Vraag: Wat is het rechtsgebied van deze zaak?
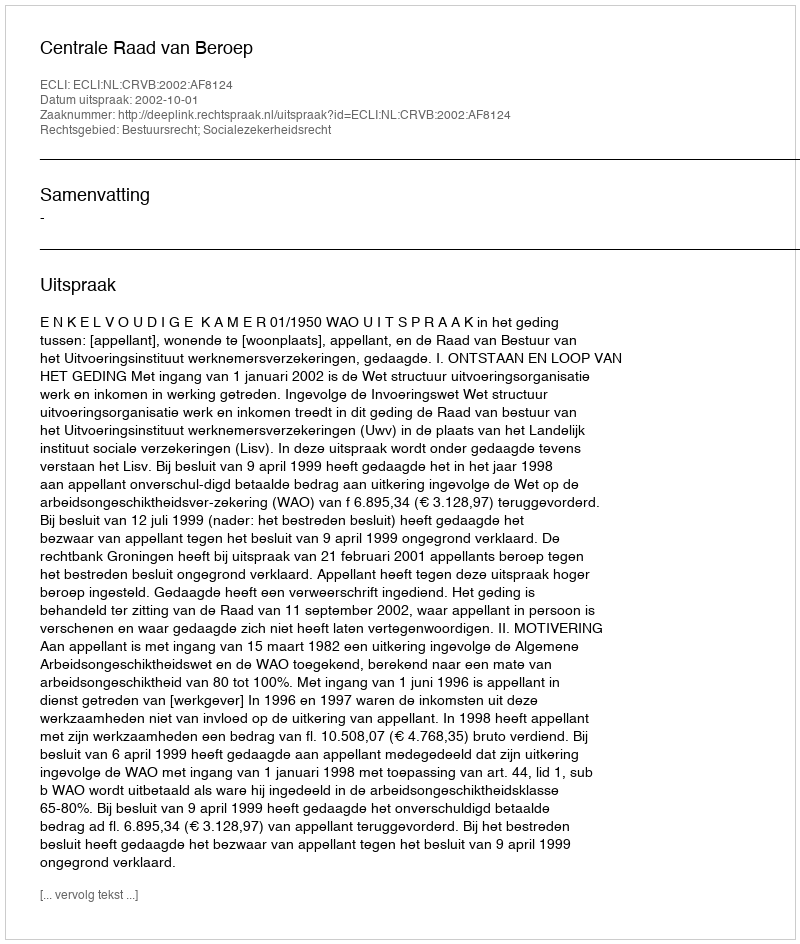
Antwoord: Bestuursrecht; Socialezekerheidsrecht